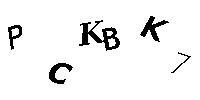
PCKBK7